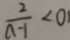
\frac { 2 } { a - 1 } < 0